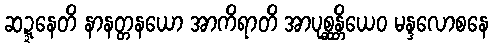
ဆဍ္ဍနေတိ နာနတ္တနယော အာကိရာတိ အာပုစ္ဆန္တိယေဝ မန္ဒလောစနေ